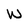
Character: w